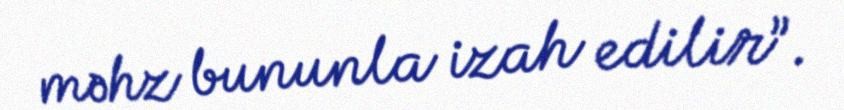
məhz bununla izah edilir”.